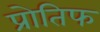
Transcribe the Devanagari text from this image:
प्रोतिफ